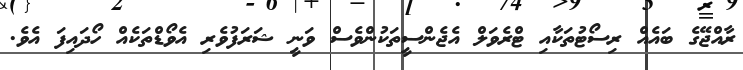
ރާއްޖޭގެ ބައެއް ރިސޯޓުތަކާއި ޓްރެވަލް އެޖެންސީތަކުންވެސް ވަނީ ޝަރަފުވެރި އެވޯޑްތަކެއް ހޯދައިފަ އެވެ.